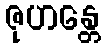
ဇုဟန္တေ